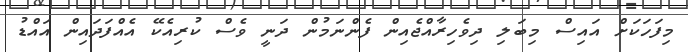
މިފަހަކަށް އައިސް މިބަލި ދިވެހިރާއްޖެއިން ފެންނަމުން ދަނީ ވެސް ކުރިއެކޭ އެއްފަދައިން އައްޑު